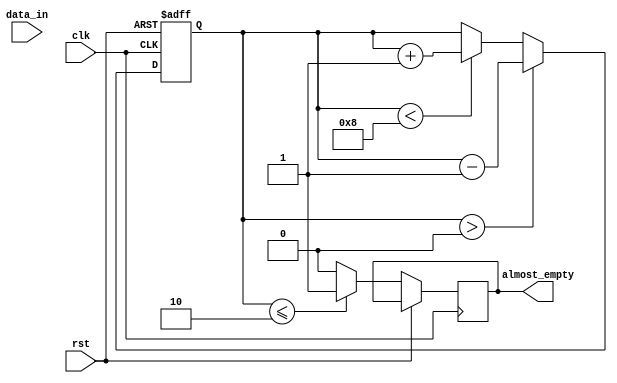
module almost_empty_fifo (
    input wire clk,
    input wire rst,
    input wire data_in,
    output wire almost_empty
);

parameter FIFO_DEPTH = 8;

reg [7:0] fifo_buffer [0:FIFO_DEPTH-1];
reg [2:0] read_ptr, write_ptr;
reg [2:0] count;

always @(posedge clk or posedge rst) begin
    if (rst) begin
        read_ptr <= 3'b000;
        write_ptr <= 3'b000;
        count <= 3'b000;
    end else begin
        // Write data to the FIFO buffer
        if (count < FIFO_DEPTH) begin
            fifo_buffer[write_ptr] <= data_in;
            write_ptr <= write_ptr + 1;
            count <= count + 1;
        end
        
        // Check if the FIFO buffer is almost empty
        if (count <= 2) begin
            almost_empty <= 1;
        end else begin
            almost_empty <= 0;
        end
        
        // Read data from the FIFO buffer
        if (count > 0) begin
            fifo_buffer[read_ptr] <= 8'b0;
            read_ptr <= read_ptr + 1;
            count <= count - 1;
        end
    end
end

endmodule